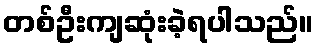
တစ်ဦးကျဆုံးခဲ့ရပါသည်။